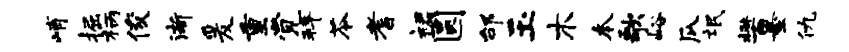
峭掘柄俊渐爰重觉拜苓耆裙圆邰玉木本歌峪瓜氓樊墨仇